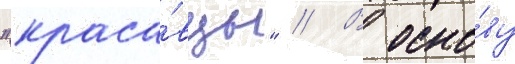
"краса́вцы" // В осно́ву